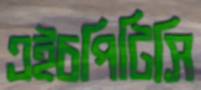
এইচপিটিসি